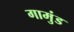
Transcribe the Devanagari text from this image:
गामुंड